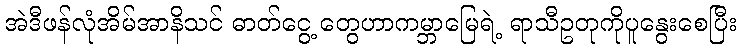
အဲဒီဖန်လုံအိမ်အာနိသင် ဓာတ်ငွေ့ တွေဟာကမ္ဘာမြေရဲ့ ရာသီဥတုကိုပူနွေးစေပြီး